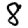
Digit: 8